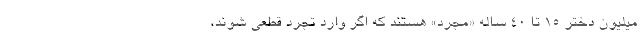
میلیون دختر ۱۵ تا ۴۰ ساله «مجرد» هستند که اگر وارد تجرد قطعی شوند،